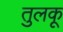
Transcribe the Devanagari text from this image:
तुलकू